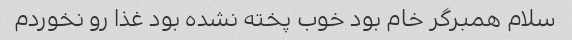
سلام همبرگر خام بود خوب پخته نشده بود غذا رو نخوردم